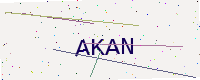
Text: AKAN